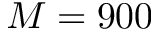
M = 9 0 0